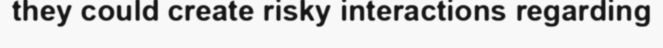
they could create risky interactions regarding